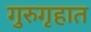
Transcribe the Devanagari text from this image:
गुरुगृहात